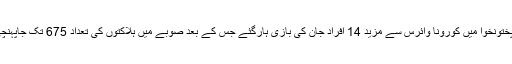
خیبر پختونخوا میں کورونا وائرس سے مزید 14 افراد جان کی بازی ہارگئے جس کے بعد صوبے میں ہلاکتوں کی تعداد 675 تک جاپہنچی ہے۔